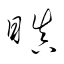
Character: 瞋